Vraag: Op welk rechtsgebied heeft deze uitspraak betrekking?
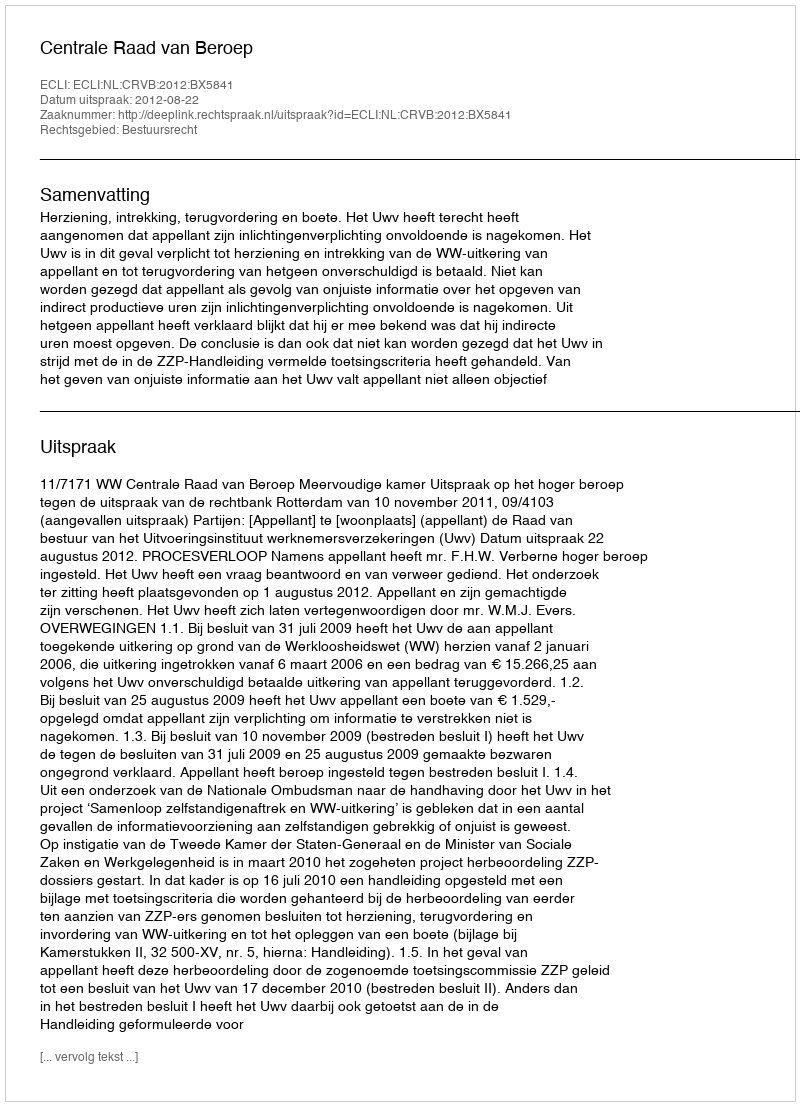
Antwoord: Bestuursrecht